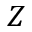
Z